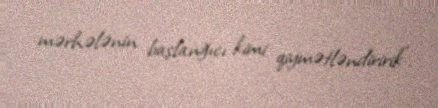
mərhələnin başlanğıcı kimi qiymətləndiririk”.